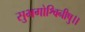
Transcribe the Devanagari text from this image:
सुभगोश्विनीषु।।